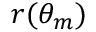
r ( \theta _ { m } )